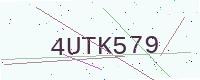
Text: 4UTK579